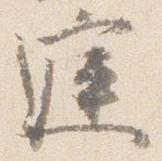
庭